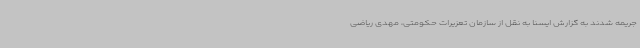
جریمه شدند به گزارش ایسنا به نقل از سازمان تعزیرات حکومتی، مهدی ریاضی